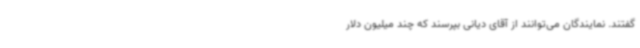
گفتند. نمایندگان می‌توانند از آقای دیانی بپرسند که چند میلیون دلار